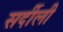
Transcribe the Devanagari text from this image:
सर्दीली